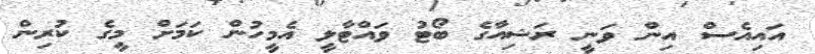
އައިއެސް އިން ވަނީ ރަޝިއާގެ ބޯޓު ވައްޓާލީ އެމީހުން ކަމަށް މީގެ ކުރިން